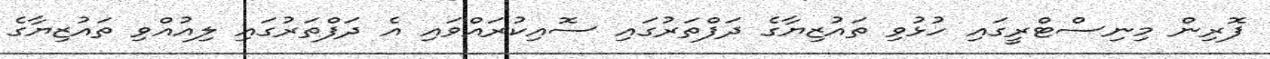
ފޮރިން މިނިސްޓްރީގައި ހުޅުވި ތައުޒިޔާގެ ދަފްތަރުގައި ސޮއިކުރައްވައި އެ ދަފްތަރުގައި ލިއުއްވި ތައުޒިޔާގެ